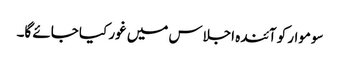
سوموار کو آئندہ اجلاس میں غور کیا جائے گا۔